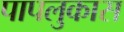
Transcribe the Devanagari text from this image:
पापलुकास